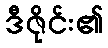
ဒီဇိုင်း၏